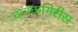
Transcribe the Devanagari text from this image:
कनकगिरीस